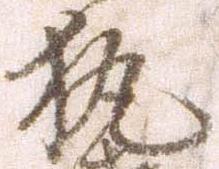
執